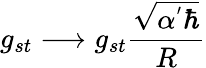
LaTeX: g_{st}\longrightarrow g_{st}\frac{\sqrt{\alpha^{'}\hbar}}{R}